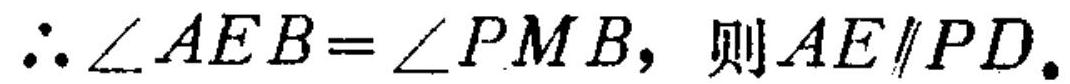
\(\therefore\angle AEB=\angle PMB\)，则\(AE\parallel PD\).